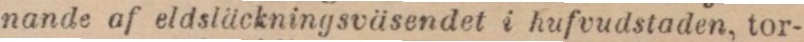
nande af eldsläckningsväsendet i hufvudstaden, tor-